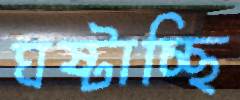
ঘষ্‌টাচ্ছি